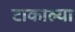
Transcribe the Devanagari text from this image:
टाकाल्या